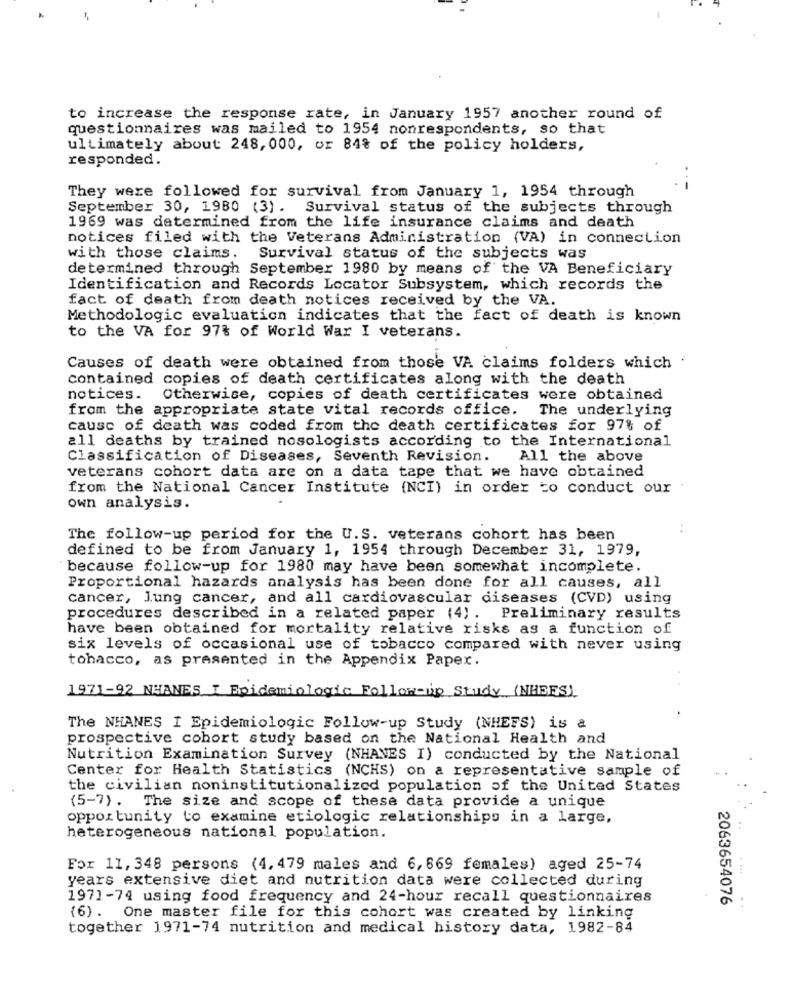
to increase the response rate, in January 1957 another round of
questionnaires was mailed to 1954 nonrespondents, so that
ultimately about: 248, 000, or 84% of the policy holders,
responded.
They were followed for survival from January 1, 1954 through
September 30, 1980 (3). Survival status of the subjects through
1969 was determined from the life insurance claims and death
notices filed with the Veterans Administration (VA) in connection
with those claims.
Survival status of the subjects was
determined through September 1980 by means of the VA Beneficiary
Identification and Records Locator Subsystem, which records the
fact of death from death notices received by the VA.
Methodologic evaluation indicates that the fact of death is known
to the VA for 97% of World War I veterans.
Causes of death were obtained from those VA claims folders which
contained copies of death certificates along with the death
notices.
Otherwise, copies of death certificates were obtained
from the appropriate state vital records office.
The underlying
cause of death was coded from the death certificates for 97% of
all deaths by trained nosologists according to the International
Classification of Diseases, Seventh Revision.
All the above
veterans cohort data are on a data tape that we have obtained
from the National Cancer Institute (NCI) in order to conduct our
own analysis.
The follow-up period for the U.S. veterans cohort has been
defined to be from January 1, 1954 through December 31, 1979,
because follow-up for 1980 may have been somewhat incomplete.
Proportional hazards analysis has been done for all causes, all
cancer, lung cancer, and all cardiovascular diseases (CVD) using
procedures described in a related paper (4). Preliminary results
have been obtained for mortality relative risks as a function of
six levels of occasional use of tobacco compared with never using
tobacco, as presented in the Appendix Paper.
1971-92 NHANES I Epidemiologic Follow-up Study (NHEES).
The NHANES I Epidemiologic Follow-up Study (NHEFS) is a
prospective cohort study based on the National Health and
Nutrition Examination Survey (NHANES I) conducted by the National
Center for Health Statistics (NCHS) on a representative sample of
the civilian noninstitutionalized population of the United States
(5-7). The size and scope of these data provide a unique
opportunity to examine etiologic relationships in a large,
heterogeneous national population.
For 11, 348 persons (4, 479 males and 6, 669 females) aged 25-74
years extensive diet and nutrition data were collected during
1971-74 using food frequency and 24-hour recall questionnaires
2063654076
(6) . One master file for this cohort was created by linking
together 1971-74 nutrition and medical history data, 1982-84